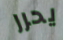
يحرر